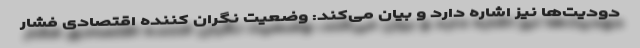
دودیت‌ها نیز اشاره دارد و بیان می‌کند: وضعیت نگران کننده اقتصادی فشار